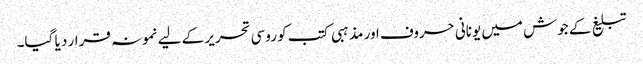
تبلیغ کے جوش میں یونانی حروف اور مذہبی کتب کو روسی تحریر کے لیے نمونہ قرار د یا گیا۔